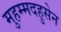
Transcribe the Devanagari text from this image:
मुहम्मदहुसेन